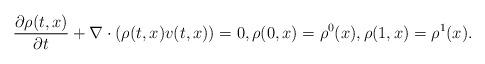
LaTeX: \begin{align*} \frac{\partial \rho(t,x)}{\partial t}+\nabla\cdot (\rho(t,x)v(t,x))=0,\rho(0,x)=\rho^0(x),\rho(1,x)=\rho^1(x). \end{align*}